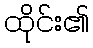
ထိုင်း၏